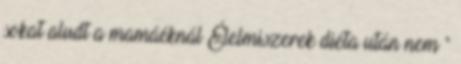
sokat aludt a mamáéknál Élelmiszerek diéta után nem "